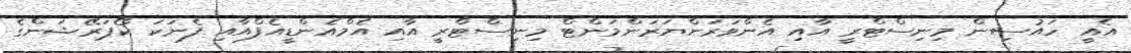
އެއީ ހައުސިން މިނިސްޓްރީ އާއި އެންވަރަންޔަރަންމަންޓް މިނިސްޓްރީ އާއި އެމްއެންޑީއެފްއާއި ފެނަކަ ކޯޕަރޭޝަންގެ